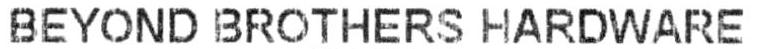
BEYOND BROTHERS HARDWARE